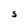
Character: S